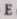
E